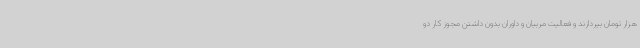
هزار تومان بپردازند و فعالیت مربیان و داوران بدون داشتن مجوز کار دو